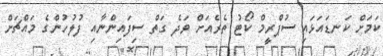
ކަމަށް ކަނޑައަޅައި ސުޕްރީމް ކޯޓު ތެރެއަަށް ވަދެ ގަތް ސިފައިންނާއި ފުލުހުންގެ މައްޗަށް